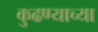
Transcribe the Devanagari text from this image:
कुढण्याच्या